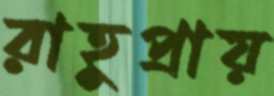
রাহুপ্রায়